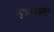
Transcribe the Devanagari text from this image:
सम्भव्ता